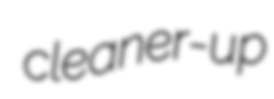
cleaner-up